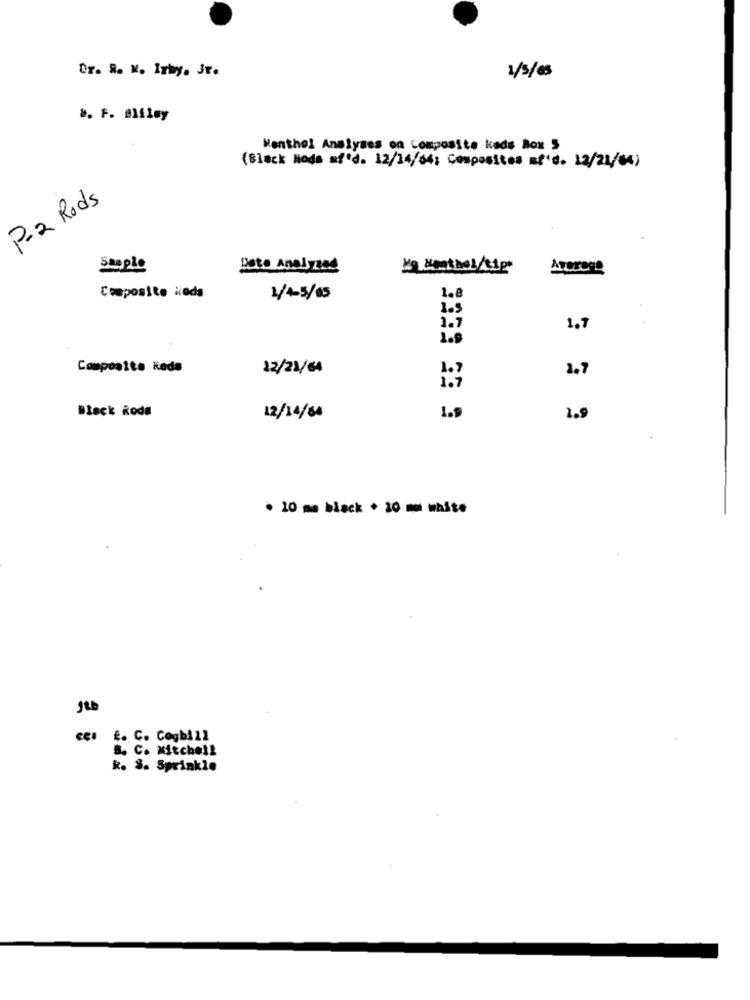
Dr. R. M. Irby. Jr.
1/5/65
Menthol Analyses on Composite keds Box 5
(Black Hoda af'd. 12/14/64; Composites at'd. 12/21/04)
P-2 Rods
Sample
Date Analyzed
Me KontheL/tip"
ATOTCHE
Composite iods
1/4-5/65
1.8
1.5
1.7
1.7
1.9
Composite keda
12/21/64
1.7
Black Roda
12/14/64
1.5
1.9
. 10 mm black + 30 mm white
ces E. C. Cogbill
S. C. Mitchell
R. S. Sprinkle